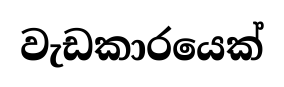
වැඩකාරයෙක්